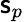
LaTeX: \mathsf{s}_{p}